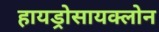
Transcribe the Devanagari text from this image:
हायड्रोसायक्लोन